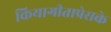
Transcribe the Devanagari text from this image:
कियागीताप्रेसके